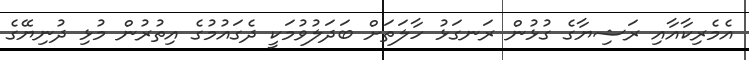
އެމެރިކާއާއި ރަޝިޔާގެ ގުޅުން ރަނގަޅު ހާލަތަށް ބަދަލުވުމަކީ ދެގައުމުގެ އިތުރުން މުޅި ދުނިޔޭގެ